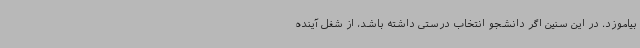
بیاموزد. در این سنین اگر دانشجو انتخاب درستی داشته باشد، از شغل آینده